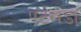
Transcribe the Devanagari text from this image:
पटखंडा